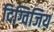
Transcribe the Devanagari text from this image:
दिग्विजिय